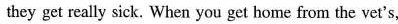
they get really sick. When you get home from the vet's,